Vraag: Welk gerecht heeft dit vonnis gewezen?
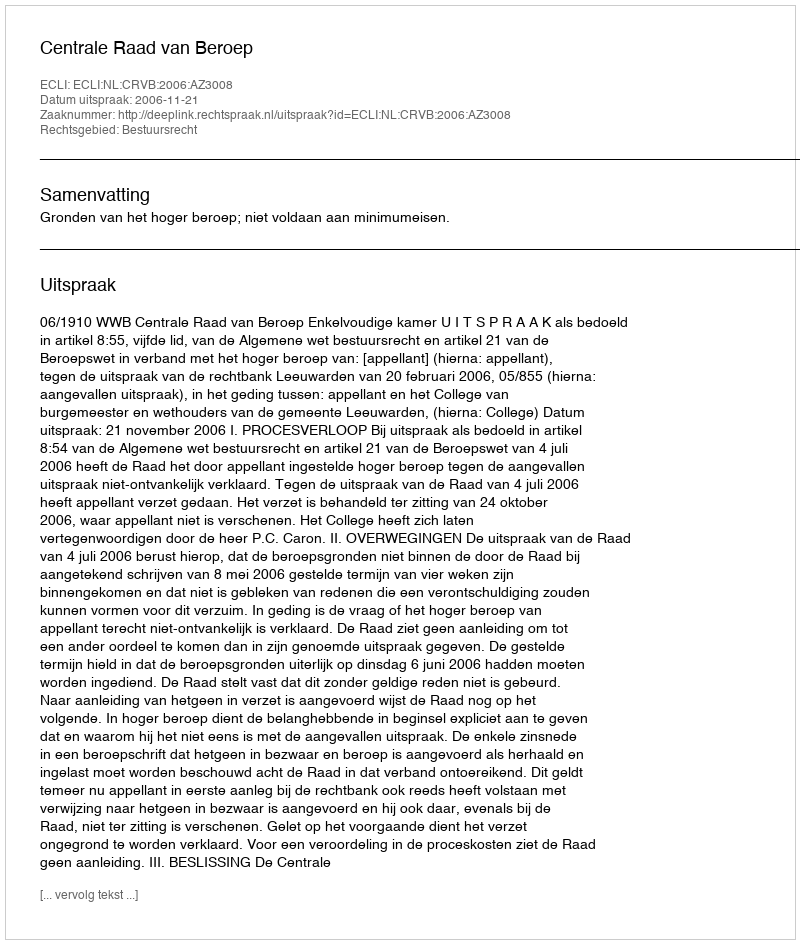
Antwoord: Centrale Raad van Beroep